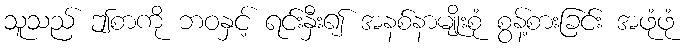
သူသည် ဤစာကို ဘဝနှင့် ရင်းနှီး၍ အနစ်နာမျိုးစုံ စွန့်စားခြင်း အဖုံဖုံ